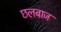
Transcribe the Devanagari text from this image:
छलबाज